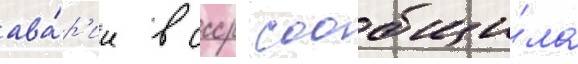
ава́р'ии в ссср сообщи́ла